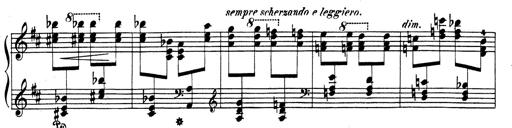
Title: Rhapsodie espagnole
Composer: Franz Liszt